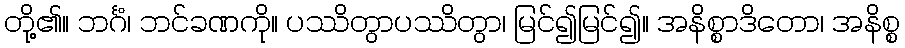
တို့၏။ ဘင်္ဂံ၊ ဘင်ခဏကို။ ပဿိတွာပဿိတွာ၊ မြင်၍မြင်၍။ အနိစ္စာဒိတော၊ အနိစ္စ